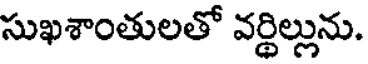
సుఖశాంతులతో వర్థిల్లును.